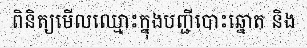
ពិនិត្យមើលឈ្មោះក្នុងបញ្ជីបោះឆ្នោត និង